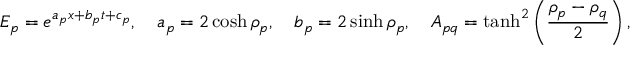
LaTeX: E _ { p } = e ^ { a _ { p } x + b _ { p } t + c _ { p } } , \quad a _ { p } = 2 \cosh \rho _ { p } , \quad b _ { p } = 2 \sinh \rho _ { p } , \quad A _ { p q } = \operatorname { t a n h } ^ { 2 } \left( \frac { \rho _ { p } - \rho _ { q } } { 2 } \right) ,